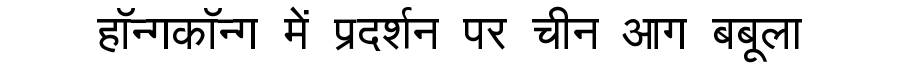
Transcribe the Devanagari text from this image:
हॉन्गकॉन्ग में प्रदर्शन पर चीन आग बबूला